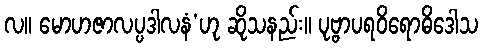
လ။ မောဟဇာလပ္ပဒါလနံ’ဟု ဆိုသနည်း။ ပုဗ္ဗာပရဝိရောဓိဒေါသ